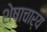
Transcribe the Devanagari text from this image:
शेषाचार्य